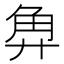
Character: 𰴡